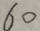
6 0